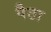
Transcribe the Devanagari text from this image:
पैठा